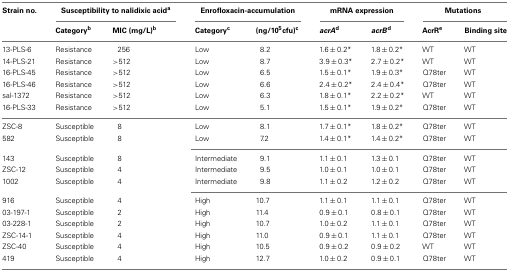
<table><thead><tr><td><b>Strain no.</b></td><td colspan="2"><b>Susceptibility to nalidixic acid<sup>a</sup></b></td><td colspan="2"><b>Enrofloxacin-accumulation</b></td><td colspan="2"><b>mRNA expression</b></td><td colspan="2"><b>Mutations</b></td></tr><tr><td></td><td><b>Category<sup>b</sup></b></td><td><b>MIC (mg/L)<sup>b</sup></b></td><td><b>Category<sup>c</sup></b></td><td><b>(ng/10<sup>5</sup>cfu)<sup>c</sup></b></td><td><b><i>acrA</i><sup>d</sup></b></td><td><b><i>acrB</i><sup>d</sup></b></td><td><b>AcrR<sup>e</sup></b></td><td><b>Binding site</b></td></tr></thead><tbody><tr><td>13-PLS-6</td><td>Resistance</td><td>256</td><td>Low</td><td>8.2</td><td>1.6 ± 0.2*</td><td>1.8 ± 0.2*</td><td>WT</td><td>WT</td></tr><tr><td>14-PLS-21</td><td>Resistance</td><td>&gt;512</td><td>Low</td><td>8.7</td><td>3.9 ± 0.3*</td><td>2.7 ± 0.2*</td><td>WT</td><td>WT</td></tr><tr><td>16-PLS-45</td><td>Resistance</td><td>&gt;512</td><td>Low</td><td>6.5</td><td>1.5 ± 0.1*</td><td>1.9 ± 0.3*</td><td>Q78ter</td><td>WT</td></tr><tr><td>16-PLS-46</td><td>Resistance</td><td>&gt;512</td><td>Low</td><td>6.6</td><td>2.4 ± 0.2*</td><td>2.4 ± 0.4*</td><td>Q78ter</td><td>WT</td></tr><tr><td>sal-1372</td><td>Resistance</td><td>&gt;512</td><td>Low</td><td>6.3</td><td>1.8 ± 0.1*</td><td>2.2 ± 0.2*</td><td>WT</td><td>WT</td></tr><tr><td>16-PLS-33</td><td>Resistance</td><td>&gt;512</td><td>Low</td><td>5.1</td><td>1.5 ± 0.1*</td><td>1.9 ± 0.2*</td><td>Q78ter</td><td>WT</td></tr><tr><td>ZSC-8</td><td>Susceptible</td><td>8</td><td>Low</td><td>8.1</td><td>1.7 ± 0.1*</td><td>1.8 ± 0.2*</td><td>Q78ter</td><td>WT</td></tr><tr><td>582</td><td>Susceptible</td><td>8</td><td>Low</td><td>7.2</td><td>1.4 ± 0.1*</td><td>1.4 ± 0.2*</td><td>Q78ter</td><td>WT</td></tr><tr><td>143</td><td>Susceptible</td><td>8</td><td>Intermediate</td><td>9.1</td><td>1.1 ± 0.1</td><td>1.3 ± 0.1</td><td>Q78ter</td><td>WT</td></tr><tr><td>ZSC-12</td><td>Susceptible</td><td>4</td><td>Intermediate</td><td>9.5</td><td>1.0 ± 0.1</td><td>1.0 ± 0.1</td><td>Q78ter</td><td>WT</td></tr><tr><td>1002</td><td>Susceptible</td><td>4</td><td>Intermediate</td><td>9.8</td><td>1.1 ± 0.2</td><td>1.2 ± 0.2</td><td>Q78ter</td><td>WT</td></tr><tr><td>916</td><td>Susceptible</td><td>4</td><td>High</td><td>10.7</td><td>1.1 ± 0.1</td><td>1.1 ± 0.1</td><td>Q78ter</td><td>WT</td></tr><tr><td>03-197-1</td><td>Susceptible</td><td>2</td><td>High</td><td>11.4</td><td>0.9 ± 0.1</td><td>0.8 ± 0.1</td><td>Q78ter</td><td>WT</td></tr><tr><td>03-228-1</td><td>Susceptible</td><td>2</td><td>High</td><td>10.7</td><td>1.0 ± 0.2</td><td>1.1 ± 0.1</td><td>Q78ter</td><td>WT</td></tr><tr><td>ZSC-14-1</td><td>Susceptible</td><td>4</td><td>High</td><td>11.0</td><td>0.9 ± 0.1</td><td>1.1 ± 0.1</td><td>Q78ter</td><td>WT</td></tr><tr><td>ZSC-40</td><td>Susceptible</td><td>4</td><td>High</td><td>10.5</td><td>0.9 ± 0.2</td><td>0.9 ± 0.2</td><td>WT</td><td>WT</td></tr><tr><td>419</td><td>Susceptible</td><td>4</td><td>High</td><td>12.7</td><td>1.0 ± 0.2</td><td>0.9 ± 0.1</td><td>Q78ter</td><td>WT</td></tr></tbody></table>